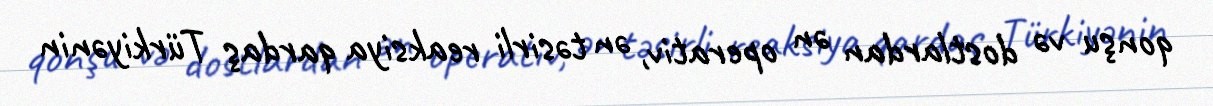
qonşu və dostlardan ən operativ, ən təsirli reaksiya qardaş Türkiyənin